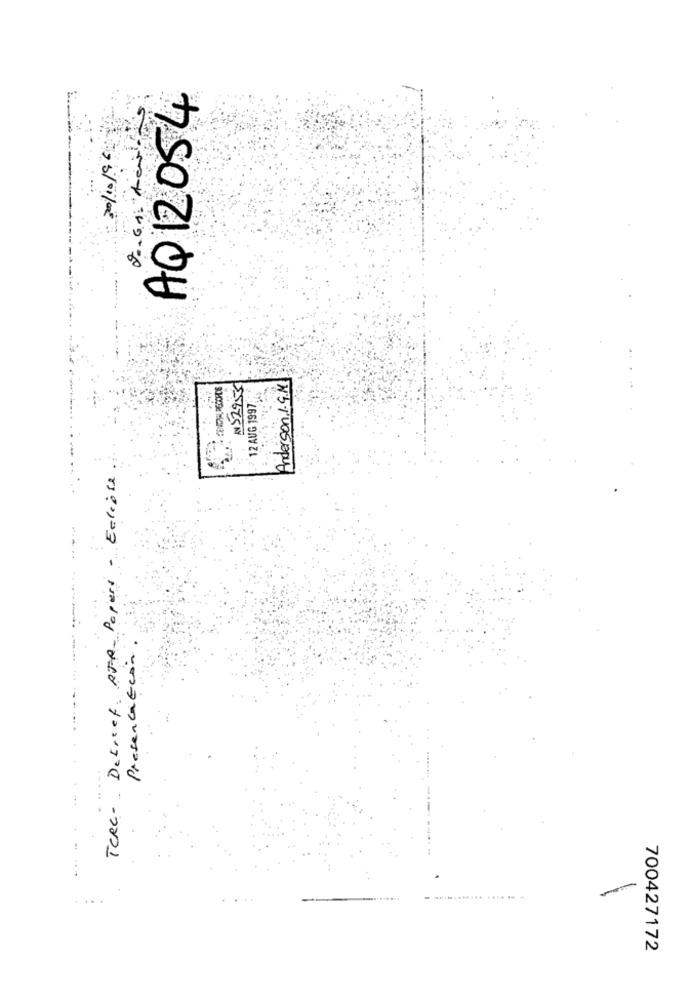
AQ12054
30/10/95
Anderson, 1.9.14
EN 52955
12 AUG 1997
TeRe- Decreet. REA- Papers - Edible.
Presentation
....
-........... .... . .
700427172